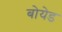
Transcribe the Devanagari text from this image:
बोयेड